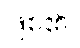
ဖြစ်၏။